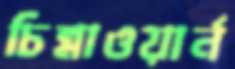
চিন্নাওয়ার্ন